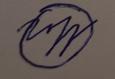
Signature authenticity: forged